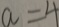
a = 4